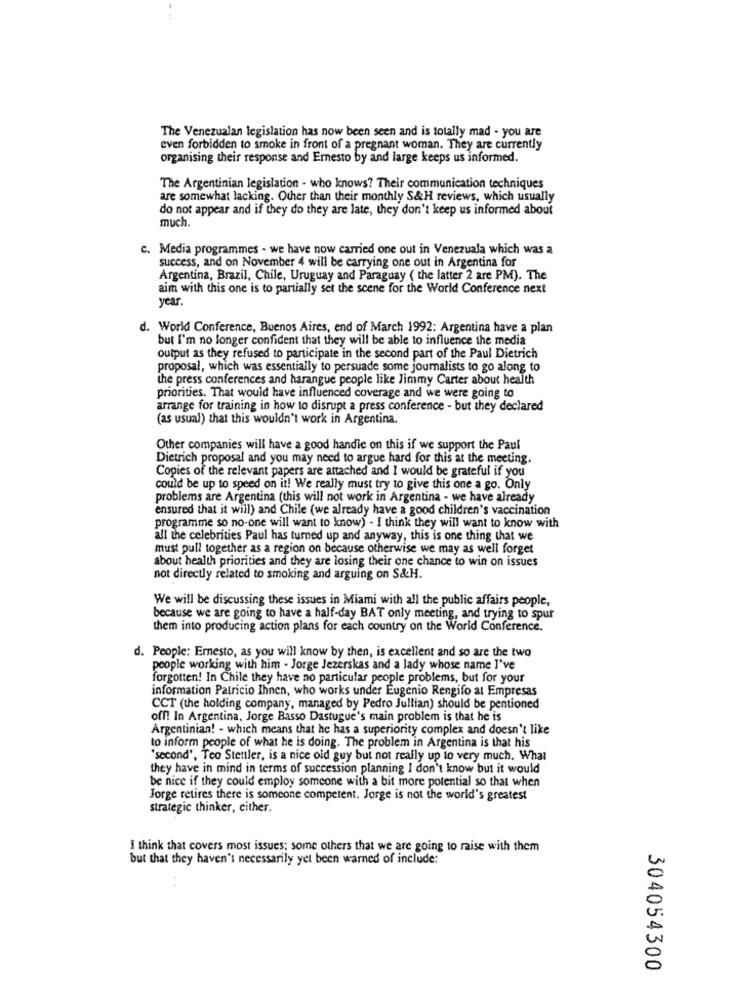
The Venezualan legislation has now been seen and is totally mad - you are
even forbidden to smoke in front of a pregnant woman. They are currently
organising their response and Ernesto by and large keeps us informed.
The Argentinian legislation - who knows? Their communication techniques
are somewhat lacking. Other than their monthly S&H reviews, which usually
do not appear and if they do they are late, they don't keep us informed about
much.
c. Media programmes - we have now carried one out in Venezuala which was a
success, and on November 4 will be carrying one out in Argentina for
Argentina, Brazil, Chile, Uruguay and Paraguay ( the latter 2 are PM). The
aim with this one is to partially set the scene for the World Conference next
year.
d. World Conference, Buenos Aires, end of March 1992: Argentina have a plan
but I'm no longer confident that they will be able to influence the media
output as they refused to participate in the second part of the Paul Dietrich
proposal, which was essentially to persuade some journalists to go along to
the press conferences and harangue people like Jimmy Carter about health
priorities. That would have influenced coverage and we were going to
arrange for training in how to disrupt a press conference - but they declared
(as usual) that this wouldn't work in Argentina.
Other companies will have a good handle on this if we support the Paul
Dietrich proposal and you may need to argue hard for this at the meeting.
Copies of the relevant papers are attached and I would be grateful if you
could be up to speed on it! We really must try to give this one a go. Only
problems are Argentina (this will not work in Argentina - we have already
ensured that it will) and Chile (we already have a good children's vaccination
programme so no-one will want to know) - I think they will want to know with
all the celebrities Paul has turned up and anyway, this is one thing that we
must pull together as a region on because otherwise we may as well forget
about health priorities and they are losing their one chance to win on issues
not directly related to smoking and arguing on S&H.
We will be discussing these issues in Miami with all the public affairs people,
because we are going to have a half-day BAT only meeting, and trying to spur
them into producing action plans for each country on the World Conference.
d. People: Emesto, as you will know by then, is excellent and so are the two
people working with him - Jorge Jezerskas and a lady whose name I've
forgotten! In Chile they have no particular people problems, but for your
information Patricio Ihnen, who works under Eugenio Rengifo at Empresas
CCT (the holding company, managed by Pedro Jullian) should be pentioned
off! In Argentina, Jorge Basso Dastugue's main problem is that he is
Argentinian! - which means that he has a superiority complex and doesn't like
to inform people of what he is doing. The problem in Argentina is that his
"second', Teo Stettler, is a nice old guy but not really up to very much. What
they have in mind in terms of succession planning I don't know but it would
be nice if they could employ someone with a bit more potential so that when
Jorge retires there is someone competent. Jorge is not the world's greatest
strategic thinker, cither.
I think that covers most issues; some others that we are going to raise with them
but that they haven't necessarily yet been warned of include:
304054300